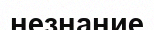
незнание